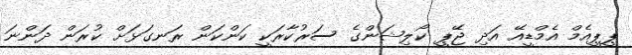
ޕީޕީއެމް އެމްޑީއޭ އަދި ޖޭޕީ ކޯލިޝަންގެ ސަރުކާރަކީ ކަންކަން ރަނގަޅަށް ކުރަން ދަންނަ